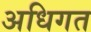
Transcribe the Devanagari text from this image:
अधिगत